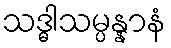
သဒ္ဓါသမ္ပန္နာနံ